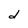
Character: d